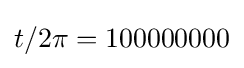
t/2\pi =100000000